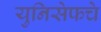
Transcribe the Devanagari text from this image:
युनिसेफचे